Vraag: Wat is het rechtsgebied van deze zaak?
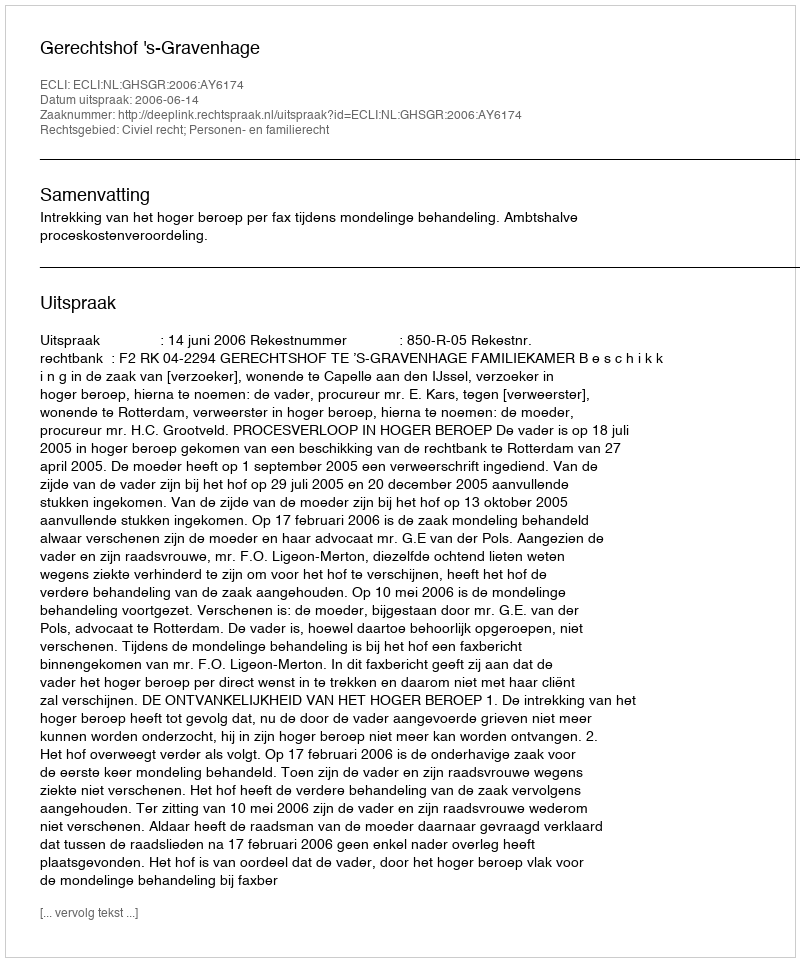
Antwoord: Civiel recht; Personen- en familierecht